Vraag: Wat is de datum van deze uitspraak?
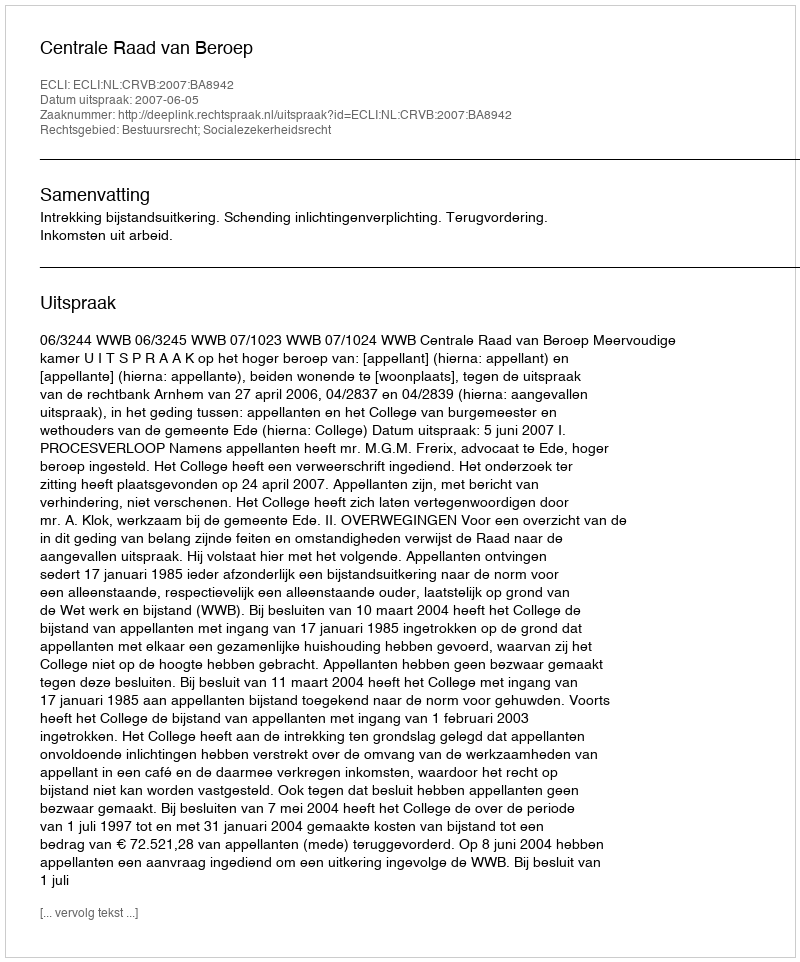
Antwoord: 2007-06-05